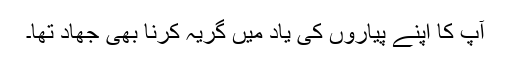
آپ کا اپنے پیاروں کی یاد میں گریہ کرنا بھی جھاد تھا۔